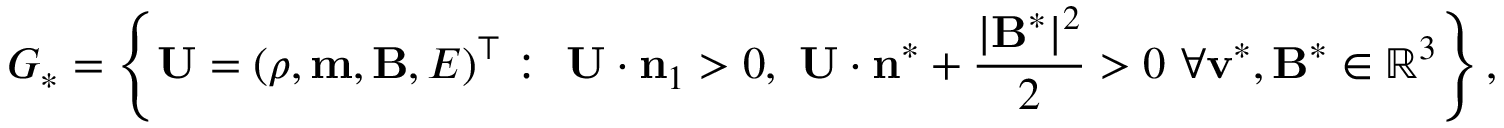
G _ { * } = \left\{ \mathbf { U } = ( \rho , \mathbf { m } , \mathbf { B } , E ) ^ { \top } : ~ \mathbf { U } \cdot \mathbf { n } _ { 1 } > 0 , ~ \mathbf { U } \cdot \mathbf { n } ^ { * } + \frac { | \mathbf { B } ^ { * } | ^ { 2 } } { 2 } > 0 ~ \forall \mathbf { v } ^ { * } , \mathbf { B } ^ { * } \in \mathbb { R } ^ { 3 } \right\} ,